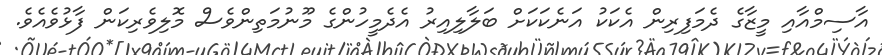
އާސިމްއާއި މީޒާގެ ދެމަފިރިން އެކަކު އަނެކަކަށް ބަލާލިއިރު އެދެމީހުންގެ މޫނުމަތިންވެސް މޮލިވެރިކަން ފާޅުވެއެވެ.